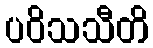
ပဝိသသီတိ